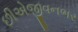
છીએજીવનભર